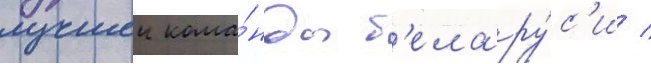
лучшеи кома́нды б'елару́с'и /